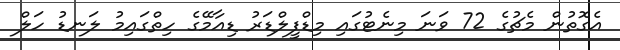
އެގޮތުން މެޗުގެ 72 ވަނަ މިނެޓުގައި މިޑްފީލްޑަރު ޑިއާމޭގެ ހިތްގައިމު ލަނޑު ހަލް